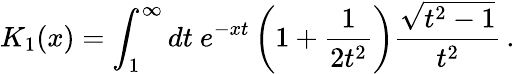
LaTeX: K_{1}(x)=\int_{1}^{\infty}dt\ e^{-xt}\left(1+\frac{1}{2t^{2}}\right)\frac{\sqrt{t^{2}-1}}{t^{2}}\, .